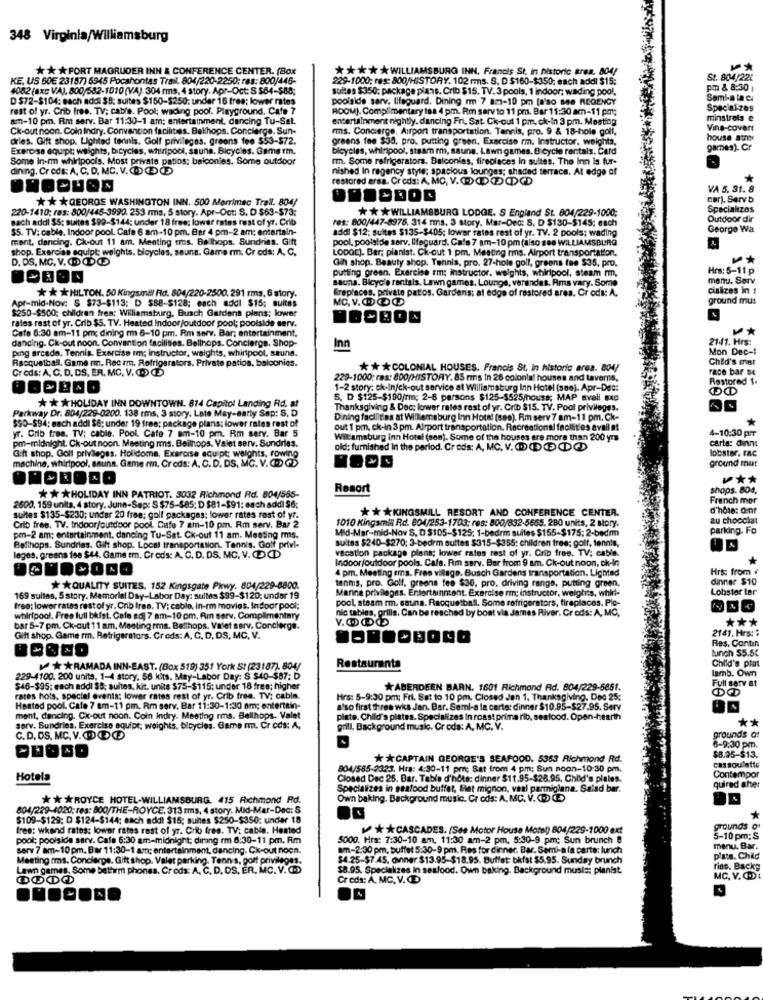
348 Virginia/Williamsburg
** * FORT MAGRUDER INN & CONFERENCE CENTER. (Box
*** * WILLIAMSBURG INN. Francis St, in historic Brea. 804/
KE, US 50€ 23157) 6545 Pocahontas Trail. 804/220-2250: ras: 800/446-
229-1000; res: 800/HISTORY. 102 rms. S. D $160-$350; each addl $15;
St. 804/221
4082 (axc VA), 800/582-1010 (VA). 304 rma, 4 story. Apr-Oct: S 564-$88;
suites $350; package pians. Crib $15. TV.3 pools, 1 indoor; wading pool,
PI & 8:30 1
D $72-$104: each adol $8: suites $150-$250: under 16 free; lower rates
poolside serv. lifeguard. Dining mm 7 am-10 pm [also see REGENCY
Semi-a ta ci
rest of yr. Crib free. TV: cable. Pool; wading pool. Playground. Cafe 7
ROOMJ. Complimentary tea 4 pm. Rm sarv to 11 pm. Bar 11:30 am-11 pm;
Specialzes
am-10 pm. Rm serv. Bar 11:30-1 am: entertainment, dancing Tu-Sal.
entertainment nightly. dancing Fri, Sat. Ck-out 1 pm. ck-in 3 pm. Meeting
minstrels e
Ck-out noon. Cola Indry. Convention facilities. Bellhops. Concierge. Sun-
rms. Concierge, Airport transportation. Tennis, pro. 9 & 18-hole golf,
Vins-covert
dries. Gift shop. Lighted tennis, Golf privileges. greens fee $53-$72.
greens fee $38, pro. putting green. Exercise rm. Instructor, weights,
house atny
Exercise aquipt; walghts, bicycles, whirlpool, sauna, Bicycles. Gamerm.
bicycles, whirpool, steam rm, sauna. Lawn games. Bicycle rentals. Card
games). Cr
Some in-mm whirlpools. Most private patios; balconies. Some outdoor
rm. Some refrigerators. Balconies, fireplaces in suites. The Inn is fur-
dining. Cr cds: A, C, D. MC. V.DE
nished In regency style; spacious lounges; shaded terrace. At edge of
restored arsa. Creds: A, MC, V.O@CCDC
VA 5, 31. 8
** * GEORGE WASHINGTON INN. 500 Merrimsc Trail. 804/
Der). Servb
220-1410: ras: 800/445-3990. 253 ms, 5 story. Apr-Oct: S. D $63-573;
*** WILLIAMSBURG LODGE. S England St. 804/229-1000;
Specialzas
Bach addi $5: suites $99-$144; under 18 free; lower rates rest of yr. Crib
Outdoor dir
SS. TV; cable. Indoor pool. Cafe 6 am-10 pm. Bar 4 pm-2 am: entertain-
addi $12; suites $135-$405; lower rates rest of yr. TV. 2 pools; wading
res: 800/447-8978. 314 mms. 3 story. Mar-Ded: S. D $130-$145: each
George Wa
ment, dancing. Ck-out 11 am. Meeting tres. Bellhops, Sundries. Gift
pool, poolside serv. lifeguard. Cafe 7 am-10 pm (also see WILLIAMSBURG
shop. Exercise aquipt; weights. bicycles, sauns. Game rm. Cr eds: A. C.
LODGE). Bar; pianist. Ck-out 1 pm. Meeting ims. Airport transportation.
D. DS, MC. V. ODDO
Gift shop. Beauty shop. Tennis, pro. 27-hole golf, greens fee $35, pro.
putting green. Exercise rm: instructor. weights, whirlpool, steam rm,
Hrs: 5-11 p
sauna. Bicycle rentals. Lawn games. Lounge, verandas. Rms vary. Some
menu. Sarv
** * HILTON. 50 Kingsmill Rd. 804/220-2500. 291 rms. 6 story.
freplaces, private patos. Gardens: at edge of restored ares. Cr ods: A.
cializes in :
MC. V.OOO
ground mus
Apr-mid-Nov: $ $73-$113; D $88-$128; each addl $15; quitas
$250-$500; children frea; Williamsburg, Busch Gardens plans; lower
rates rest of yr. Crib $5. TV. Heated Indoor/outdoor pool; poolside serv.
Cafe 6:30 am-11 pm; dining m 6-10 pm. Rm serv. Bar; entertainment,
¥*
dancing. Ck-out noon. Convention facilities. Bellhops. Concierge. Shop-
2141. Hrs:
ping arcade. Tennis. Exercise im; Instructor, weights, whirlpool, sauna.
Inn
Mon Dec-1
Racquetball. Game rm. Rec rm. Refrigerators. Private patios, balconies.
Child's mer
Creds: A. C. D. DS, ER. MC. V. OD CE
*** COLONIAL HOUSES. Francis St, in historic area. 804/
race bar se
229-1000; ras: 800/HISTORY. 85 mins In 26 colonial houses and taverns.
Restored $.
1-2 story: ck-In/ck-out service at Williamsburg Inn Hotel (seo). Apr-Det:
** * HOLIDAY INN DOWNTOWN. 814 Capitol Landing Rd. at
S. D $125-$190/rm; 2-6 persons $125-$525/house; MAP avall axo
Thanksgiving & Doc: lower rates rast of yr. Crib $15. TV. Pool privileges.
Parkway Dr. 804/229-0200. 138 rms, 3 story. Late May-early Sap: S. D
Dining faci fas at Willemsburg Inn Hotel (see). Rm serv 7 am-11 pm. Ck-
yr. Grib fraa. TV; cable. Pool. Cafe 7 am-10 pm. Rm serv. Bar 5
$90-594; each addi $8; under 19 free; package plans; lower rates rest of
out 1 pm, ck-in 3 pm. Airport transportation. Recreational facilit os avail at
4-10:30 pir
pm-midnight. Ck-out noon. Meeting Is. Beilhops. Valet serv. Sundries.
Williamsburg inn Hotel (ses). Some of the houses are more than 200 yr
carta: dinnt
Gift shop. Goil privileges. Holidome, Exercise equipt; weights, rowing
old; furnished In the period. Creds: A, MC. V. OD ( C) CDGD
lobster. Fac
machine, whirlpool, sauna, Game rmn, Creds: A. C.D. DS, MC. V.OD
ground mut
¥ **
Resort
shops. 804,
** * HOLIDAY INN PATRIOT, 3032 Richmond Rd. 804/565-
French mer
2600, 159 unita, 4 story. June-Sep: S $75-$85; D $81-$91: each addi $6;
*** KINGSMILL RESORT AND CONFERENCE CENTER.
d'hôte: dinr
sultes $135-$230; under 20 free; golf packages; lower rates rest of yr.
1010 Kingsmill Rd. 804/253-1703; res: 800/832-5665. 280 units, 2 story.
au chocolat
Crib free. TV. Indoor/outdoor pool. Cafe 7 am-10 pm. Rm serv. Bar 2
Mid-Mar-mid-Nov S. D $105-$125; 1-bedrm suites $155-$175; 2-bedmm
parking. Fo
pen-2 am; entertainment, dancing Tu-Sat. Ck-out 11 am. Meeting rms.
suites $240-$270: 3-bedrm sultes $315-$355: children free; golf, tennis,
Ballhops. Sundries. Gift shop. Local transportation. Tennis, Golf privi-
vacation package plans; lower rates rest of yr. Crib free. TV; cable.
lages. greans fee $44. Game tm. Creds: A. C. D. DS. MC. V. CCD
Indoor/outdoor pools. Cafe. Rm serv. Bar from 9 am. Ck-out noon, ok-in
4 pm. Meeting ems. Free village. Busch Gardens transportation. Lighted
Hrs: from <
dinner $10
* * QUALITY SUITES, 152 Kingsgate Pkwy. 804/229-6800.
tennis, pro. Golf, greens fee $36, pro, driving range, putting green.
Marina privileges. Entertainment. Exercise rm: instructor, weights, whid !-
Lobster tar
169 suites, S story. Memorial Day-Labor Day: suites $99-$120; under 19
pool, steam rm, sauna. Racquetball. Some refrigerators, fireplaces. Pic-
free; lower rates rest of yr. Crib fres. TV; cable, In-rm movies. Indoor pool;
nic tables, grills. Can be reached by boat via James River. Creds: A, MC,
whirlpool, Free full bifst. Cafe adj 7 am-10 pm. Am serv. Complimentary
***
bar 5-7 pm. Ck-out 11 am, Meeting rms. Batthops. Valet Barv. Concierge.
2141. Hrs: :
Gift shop. Game rm. Refrigerators. Creds: A, C, D, DS, MC, V.
BOREDBOND
Res. Contin
tunch $5.5C
** RAMADA INN-EAST. (Box 519) 351 York St (23187), 804/
Restaurants
lamb. Own
Child's ptat
229-4100. 200 unita, 1-4 story, 56 kits. May-Labor Day: $ $40-$87: D
Full serv at
$46-$95; each addl $9; sultes, kit. units $75-$115: under 18 free; higher
*ABERDEEN BARN. 1601 Richmond Rid. 804/229-5851.
rates hots, special events; lower rates rest of yr. Crib free. TV: cabin.
Hrs: 5-9:30 pm: Fri, Sat to 10 pm. Closed Jen 1, Thanksgiving, Dee 25;
Heated pool. Cafe 7 am-11 pm. Rm serv. Bar 11:30-1:30 am; entertain-
a'so first three wka Jan. Bar. Seml-a la carte: dinner $10.95-$27.95. Serv
ment, dancing. Ck-out noon. Coin indry. Meeting rms. Bellhops. Valet
plate. Child's plates. Specializes In roast prime rib, seafood. Open-hearth
**
serv. Sundries, Exercise equipt; weights, bicycles. Game rm. Cr cds: A,
grill. Background music. Cr ods: A. MC. V.
C.D. DS. MC. V.ODE
grounds of
6-9:30 pm.
$8.95-$13.
* * CAPTAIN GEORGE'S SEAFOOD. 5353 Richmond Rd.
804/555-2323. Hra: 4:30-11 pm; Sat from 4 pm; Sun noon-10:30 pm.
cassoulette
Hotels
Closed Dec 25. Bar. Table d'hôte: dinner $11.95-$28.95. Child's plates.
Contempor
Specializes in seafood buffet, let mignon, vaal parmigiana. Salad bar.
quired after
** * ROYCE HOTEL-WILLIAMSBURG. 415 Richmond Rd.
Own baking. Background music. Cr ods: A. MC. V. O CE>
804/229-4020; res: 800/THE-ROYCE. 313 1ms, 4 story. Mid-Mar-Dec: 5
$109-$129; D $124-$144; each addt $15; suhtes $250-$350: under 18
*
free: wkend rates: lower rates rest of yr. Crib free. TV: cable. Heated
* * CASCADES. (See Motor House Motel) 804/229-1000 ext
grounds of
pool: poolside sarv. Cafe 6:30 am-midnight; dirang rm 6:30-11 pm. Rm
5000. Hrs: 7:30-10 am, 11:30 am-2 pm. 5:30-9 pm; Sun brunch 8
5-10 pm: S
serv 7 am-10 pm. Bar 11:30-1 am: entertainment, dancing. Ck-out noen.
am-2:30 pm, buffel 5:30-9 pm. Res for dinner. Bar. Semi-a la carte: lunch
menu. Bar.
Meeting ras. Conclerpe. Gift shop. Valet parking. Tennis, golf privileges.
$4.25-$7.45, dinner $13.95-$18.95. Buffet: bkfst $5.95. Sunday brunch
plats. Child
Lawn games. Some bathrm phones. Creds: A. C. D. DS, ER. MC. V. (.)
$8.95. Specializes in seafood. Own baking. Background musici planist
ride, Backg
Creds: A. MC, V.C
MC. V. C.